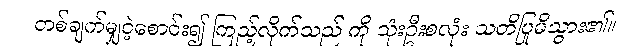
တစ်ချက်မျှငဲ့စောင်း၍ ကြည့်လိုက်သည် ကို သုံးဦးစလုံး သတိပြုမိသွား၏။